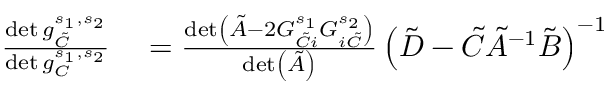
\begin{array} { r l } { \frac { \operatorname* { d e t } g _ { \tilde { C } } ^ { s _ { 1 } , s _ { 2 } } } { \operatorname* { d e t } g _ { C } ^ { s _ { 1 } , s _ { 2 } } } } & { { } = \frac { \operatorname* { d e t } \left( \tilde { A } - 2 G _ { \tilde { C } i } ^ { s _ { 1 } } G _ { i \tilde { C } } ^ { s _ { 2 } } \right) } { \operatorname* { d e t } \left( \tilde { A } \right) } \left( \tilde { D } - \tilde { C } \tilde { A } ^ { - 1 } \tilde { B } \right) ^ { - 1 } } \end{array}